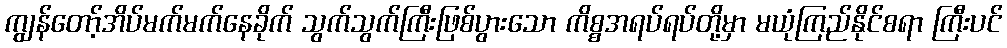
ကျွန်တော့်အိပ်မက်မက်နေခိုက် သွက်သွက်ကြီးဖြစ်ပွားသော ကိစ္စအရပ်ရပ်တို့မှာ မယုံကြည်နိုင်စရာ ကြီးပင်